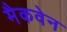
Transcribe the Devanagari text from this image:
मैकवेन